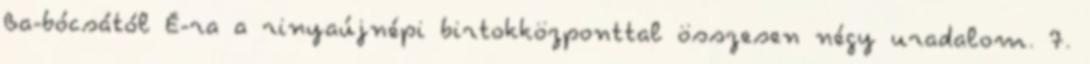
Ba-bócsától É-ra a rinyaújnépi birtokközponttal összesen négy uradalom. 7.